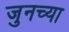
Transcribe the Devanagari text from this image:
जुनच्या